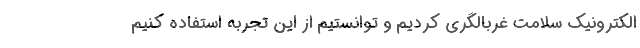
الکترونیک سلامت غربالگری کردیم و توانستیم از این تجربه استفاده کنیم